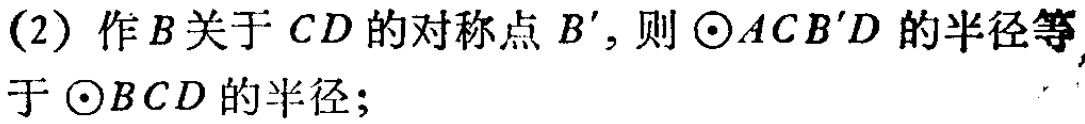
(2) 作\(B\)关于 \(CD\) 的对称点 \(B'\)，则 \(\odot ACB'D\) 的半径等\\于 \(\odot BCD\) 的半径；